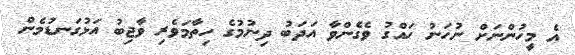
އެ މީހުންނަށް ނުހަނު ހައްގު ވެގެންވާ އަދަބު ދިނުމުގެ ހިތާމަވެރި ވާޖިބު އަޅުގަނޑުމެން